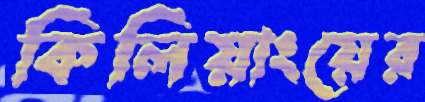
কিলিয়াংয়ের